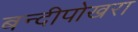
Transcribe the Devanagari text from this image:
बन्दीपोखरा